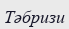
Тәбризи